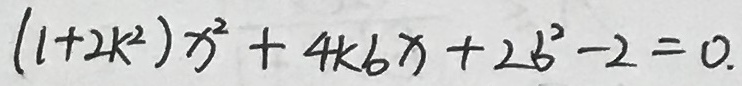
( 1 + 2 k ^ { 2 } ) x ^ { 2 } + 4 k b x + 2 b ^ { 2 } - 2 = 0 .